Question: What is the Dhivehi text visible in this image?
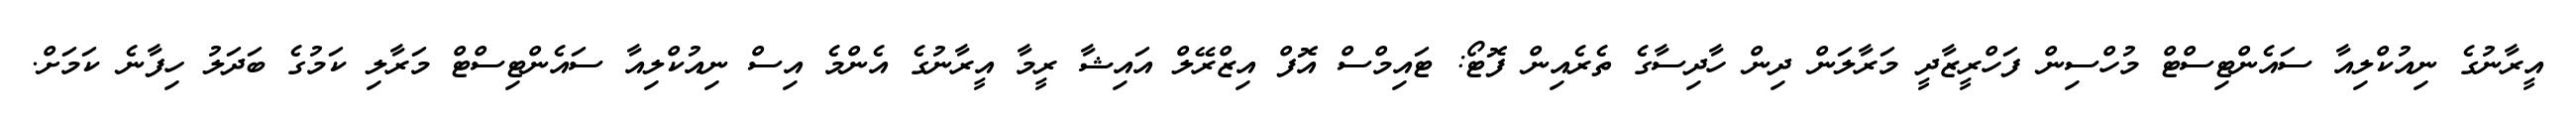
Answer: އީރާނުގެ ނިއުކްލިއާ ސައެންޓިސްޓް މުހްސިން ފަހްރީޒާދީ މަރާލަން ދިން ހާދިސާގެ ތެރެއިން ފޮޓޯ: ޓައިމްސް އޮފް އިޒްރޭލް އައިޝާ ރީމާ އީރާނުގެ އެންމެ އިސް ނިއުކްލިއާ ސައެންޓިސްޓް މަރާލި ކަމުގެ ބަދަލު ހިފާނެ ކަމަށް.